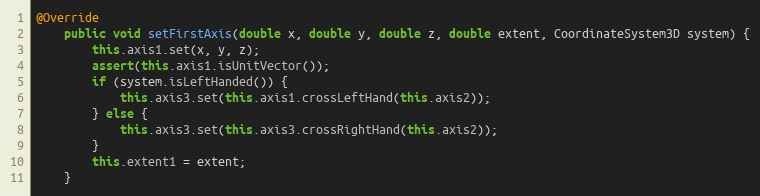
Language: Java
@Override
	public void setFirstAxis(double x, double y, double z, double extent, CoordinateSystem3D system) {
		this.axis1.set(x, y, z);
		assert(this.axis1.isUnitVector());
		if (system.isLeftHanded()) {
			this.axis3.set(this.axis1.crossLeftHand(this.axis2));
		} else {
			this.axis3.set(this.axis3.crossRightHand(this.axis2));
		}
		this.extent1 = extent;
	}